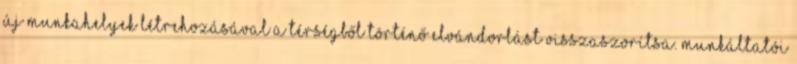
új munkahelyek létrehozásával a térségből történő elvándorlást visszaszorítsa. munkáltatói